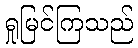
ရှုမြင်ကြသည်